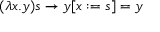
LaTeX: ( \lambda x . y ) s \to y [ x : = s ] = y